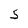
Character: 5